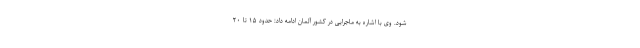
شود. وی با اشاره به ماجرایی در کشور آلمان ادامه داد: حدود ۱۵ تا ۲۰